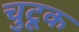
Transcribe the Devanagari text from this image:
चुटूक